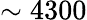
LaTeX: \sim 4300